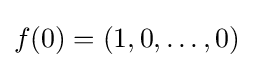
f(0)=(1,0,\dots ,0)